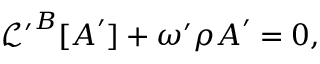
\begin{array} { r } { \boldsymbol { \mathcal { L } ^ { \prime } } ^ { B } [ \boldsymbol { A } ^ { \prime } ] + \omega ^ { \prime } \rho \boldsymbol { A } ^ { \prime } = \boldsymbol { 0 } , } \end{array}